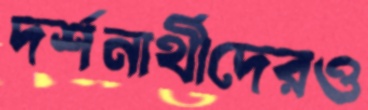
দর্শনার্থীদেরও